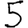
Digit: 5